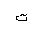
Letter: _ta